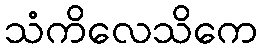
သံကိလေသိကေ